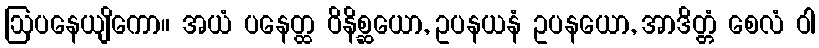
ဩပနေယျိကော။ အယံ ပနေတ္ထ ဝိနိစ္ဆယော, ဥပနယနံ ဥပနယော, အာဒိတ္တံ စေလံ ဝါ